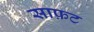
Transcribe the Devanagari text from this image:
साफ़ट